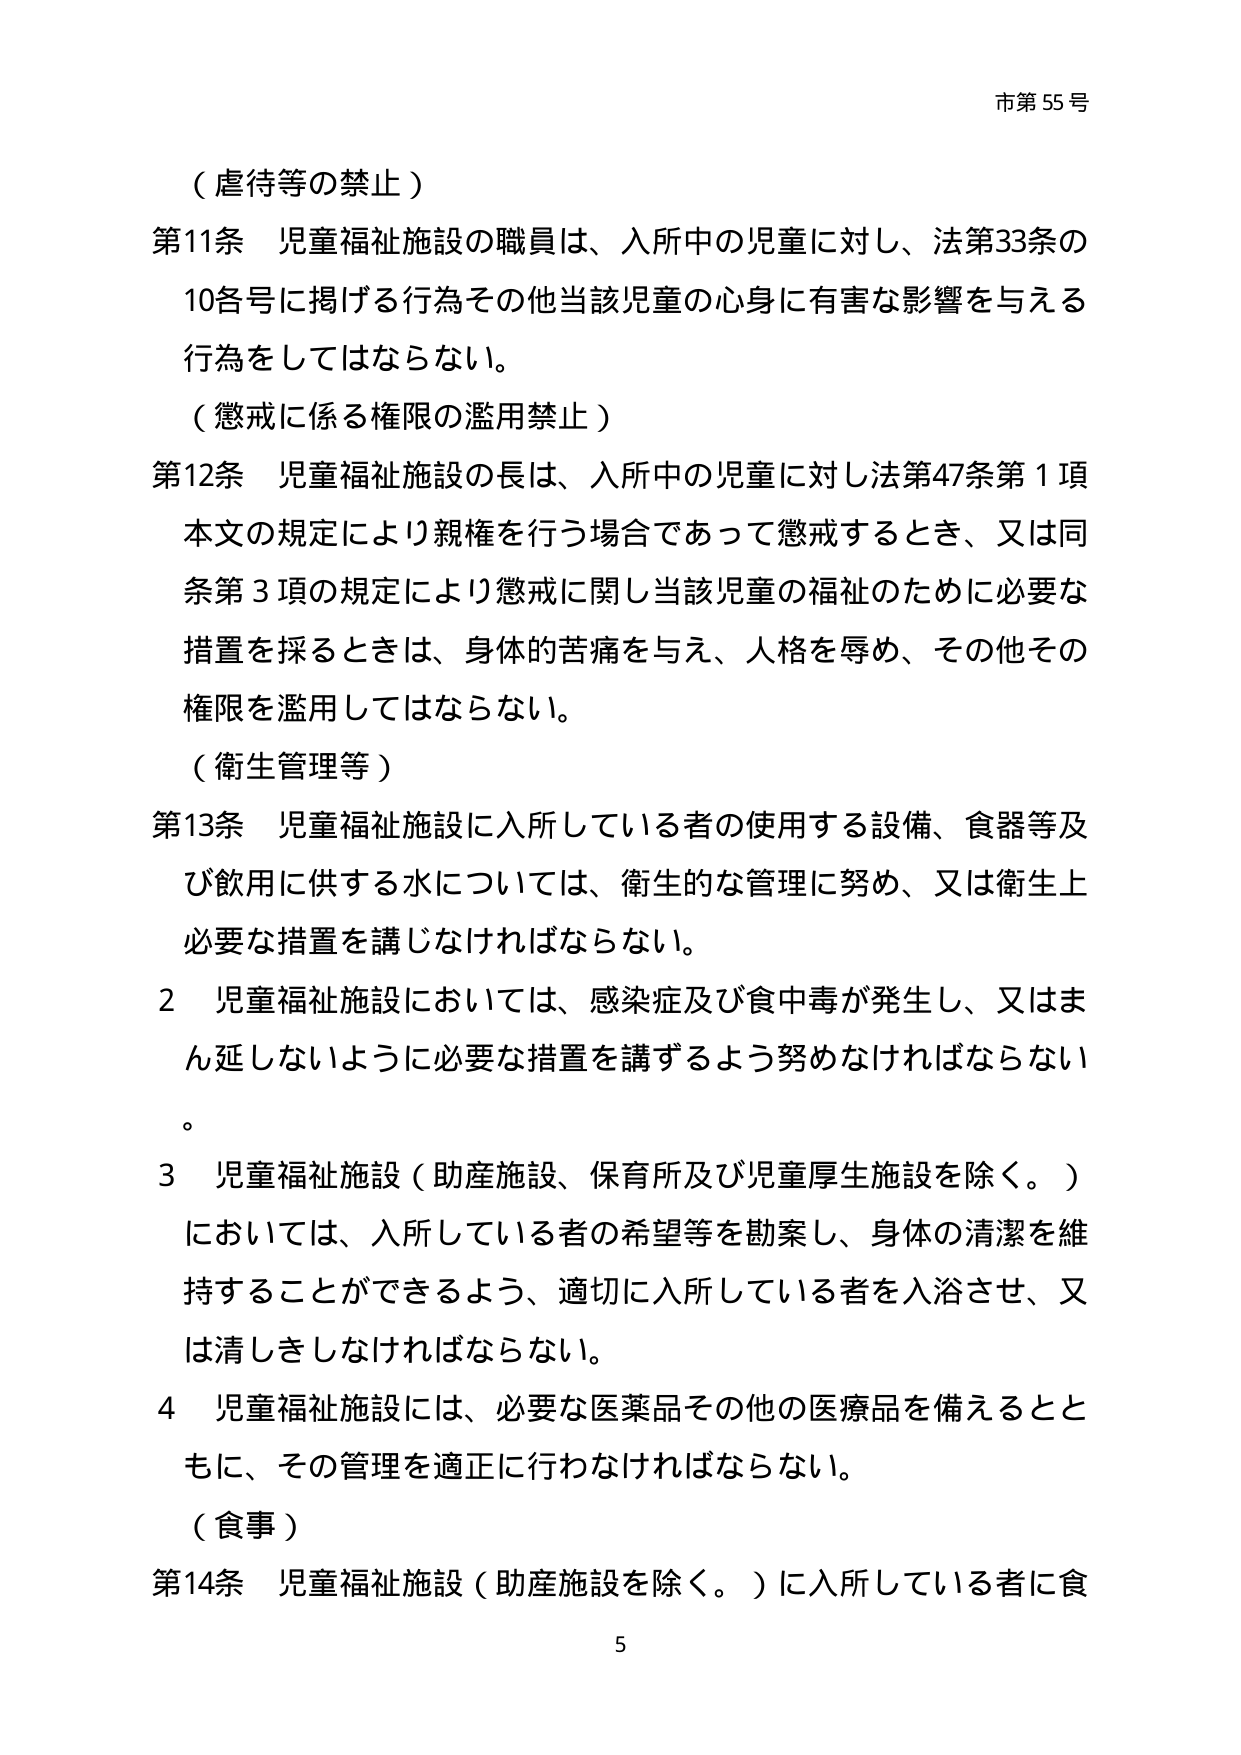
市第55号

（虐待等の禁止）

第11条 児童福祉施設の職員は、入所中の児童に対し、法第33条の10各号に掲げる行為その他当該児童の心身に有害な影響を与える行為をしてはならない。

（懲戒に係る権限の濫用禁止）

第12条 児童福祉施設の長は、入所中の児童に対し法第47条第1項本文の規定により親権を行う場合であって懲戒するとき、又は同条第3項の規定により懲戒に関し当該児童の福祉のために必要な措置を採るときは、身体的苦痛を与え、人格を辱め、その他その権限を濫用してはならない。

（衛生管理等）

第13条 児童福祉施設に入所している者の使用する設備、食器等及び飲用に供する水については、衛生的な管理に努め、又は衛生上必要な措置を講じなければならない。

2 児童福祉施設においては、感染症及び食中毒が発生し、又はまん延しないように必要な措置を講ずるよう努めなければならない。

3 児童福祉施設（助産施設、保育所及び児童厚生施設を除く。）においては、入所している者の希望等を勘案し、身体の清潔を維持することができるよう、適切に入所している者を入浴させ、又は清しきしなければならない。

4 児童福祉施設には、必要な医薬品その他の医療品を備えるとともに、その管理を適正に行わなければならない。

（食事）

第14条 児童福祉施設（助産施設を除く。）に入所している者に食

5